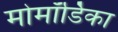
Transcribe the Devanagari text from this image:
मोमॉर्डिका